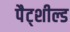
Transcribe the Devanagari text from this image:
पैट्शील्ड